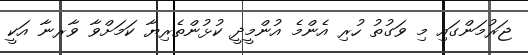
ޖަރުމަންގައި މި ވަގުތު ހުރި އެންމެ އުންމީދީ ކުޅުންތެރިޔާ ކަމަށްވާ ވާރނާ އަކީ